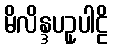
မိလိန္ဒပဥှပါဠိ